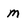
Character: m